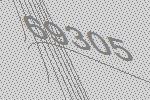
69305